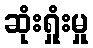
ဆုံးရှုံးမှု